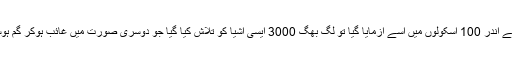
ایک سال کے اندر 100 اسکولوں میں اسے آزمایا گیا تو لگ بھگ 3000 ایسی اشیا کو تلاش کیا گیا جو دوسری صورت میں غائب ہوکر گم ہوسکتی تھیں۔